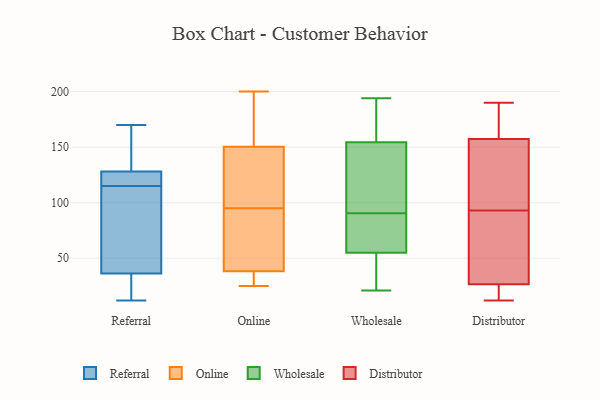
{"axis": {"x": "Net Income (USD K)", "y": "Value"}, "legend": ["Distributor", "Online", "Referral", "Wholesale"], "data": [{"x": "", "y": 33, "type": "Referral"}, {"x": "", "y": 115, "type": "Referral"}, {"x": "", "y": 12, "type": "Referral"}, {"x": "", "y": 111, "type": "Referral"}, {"x": "", "y": 134, "type": "Referral"}, {"x": "", "y": 37, "type": "Referral"}, {"x": "", "y": 124, "type": "Referral"}, {"x": "", "y": 36, "type": "Referral"}, {"x": "", "y": 22, "type": "Referral"}, {"x": "", "y": 125, "type": "Referral"}, {"x": "", "y": 33, "type": "Referral"}, {"x": "", "y": 147, "type": "Referral"}, {"x": "", "y": 145, "type": "Referral"}, {"x": "", "y": 123, "type": "Referral"}, {"x": "", "y": 76, "type": "Referral"}, {"x": "", "y": 56, "type": "Referral"}, {"x": "", "y": 129, "type": "Referral"}, {"x": "", "y": 170, "type": "Referral"}, {"x": "", "y": 117, "type": "Referral"}, {"x": "", "y": 83, "type": "Online"}, {"x": "", "y": 25, "type": "Online"}, {"x": "", "y": 154, "type": "Online"}, {"x": "", "y": 200, "type": "Online"}, {"x": "", "y": 33, "type": "Online"}, {"x": "", "y": 95, "type": "Online"}, {"x": "", "y": 54, "type": "Online"}, {"x": "", "y": 105, "type": "Online"}, {"x": "", "y": 139, "type": "Online"}, {"x": "", "y": 188, "type": "Online"}, {"x": "", "y": 25, "type": "Online"}, {"x": "", "y": 33, "type": "Wholesale"}, {"x": "", "y": 102, "type": "Wholesale"}, {"x": "", "y": 194, "type": "Wholesale"}, {"x": "", "y": 97, "type": "Wholesale"}, {"x": "", "y": 84, "type": "Wholesale"}, {"x": "", "y": 156, "type": "Wholesale"}, {"x": "", "y": 61, "type": "Wholesale"}, {"x": "", "y": 76, "type": "Wholesale"}, {"x": "", "y": 153, "type": "Wholesale"}, {"x": "", "y": 21, "type": "Wholesale"}, {"x": "", "y": 49, "type": "Wholesale"}, {"x": "", "y": 187, "type": "Wholesale"}, {"x": "", "y": 93, "type": "Distributor"}, {"x": "", "y": 164, "type": "Distributor"}, {"x": "", "y": 24, "type": "Distributor"}, {"x": "", "y": 50, "type": "Distributor"}, {"x": "", "y": 34, "type": "Distributor"}, {"x": "", "y": 118, "type": "Distributor"}, {"x": "", "y": 19, "type": "Distributor"}, {"x": "", "y": 137, "type": "Distributor"}, {"x": "", "y": 12, "type": "Distributor"}, {"x": "", "y": 190, "type": "Distributor"}, {"x": "", "y": 177, "type": "Distributor"}]}